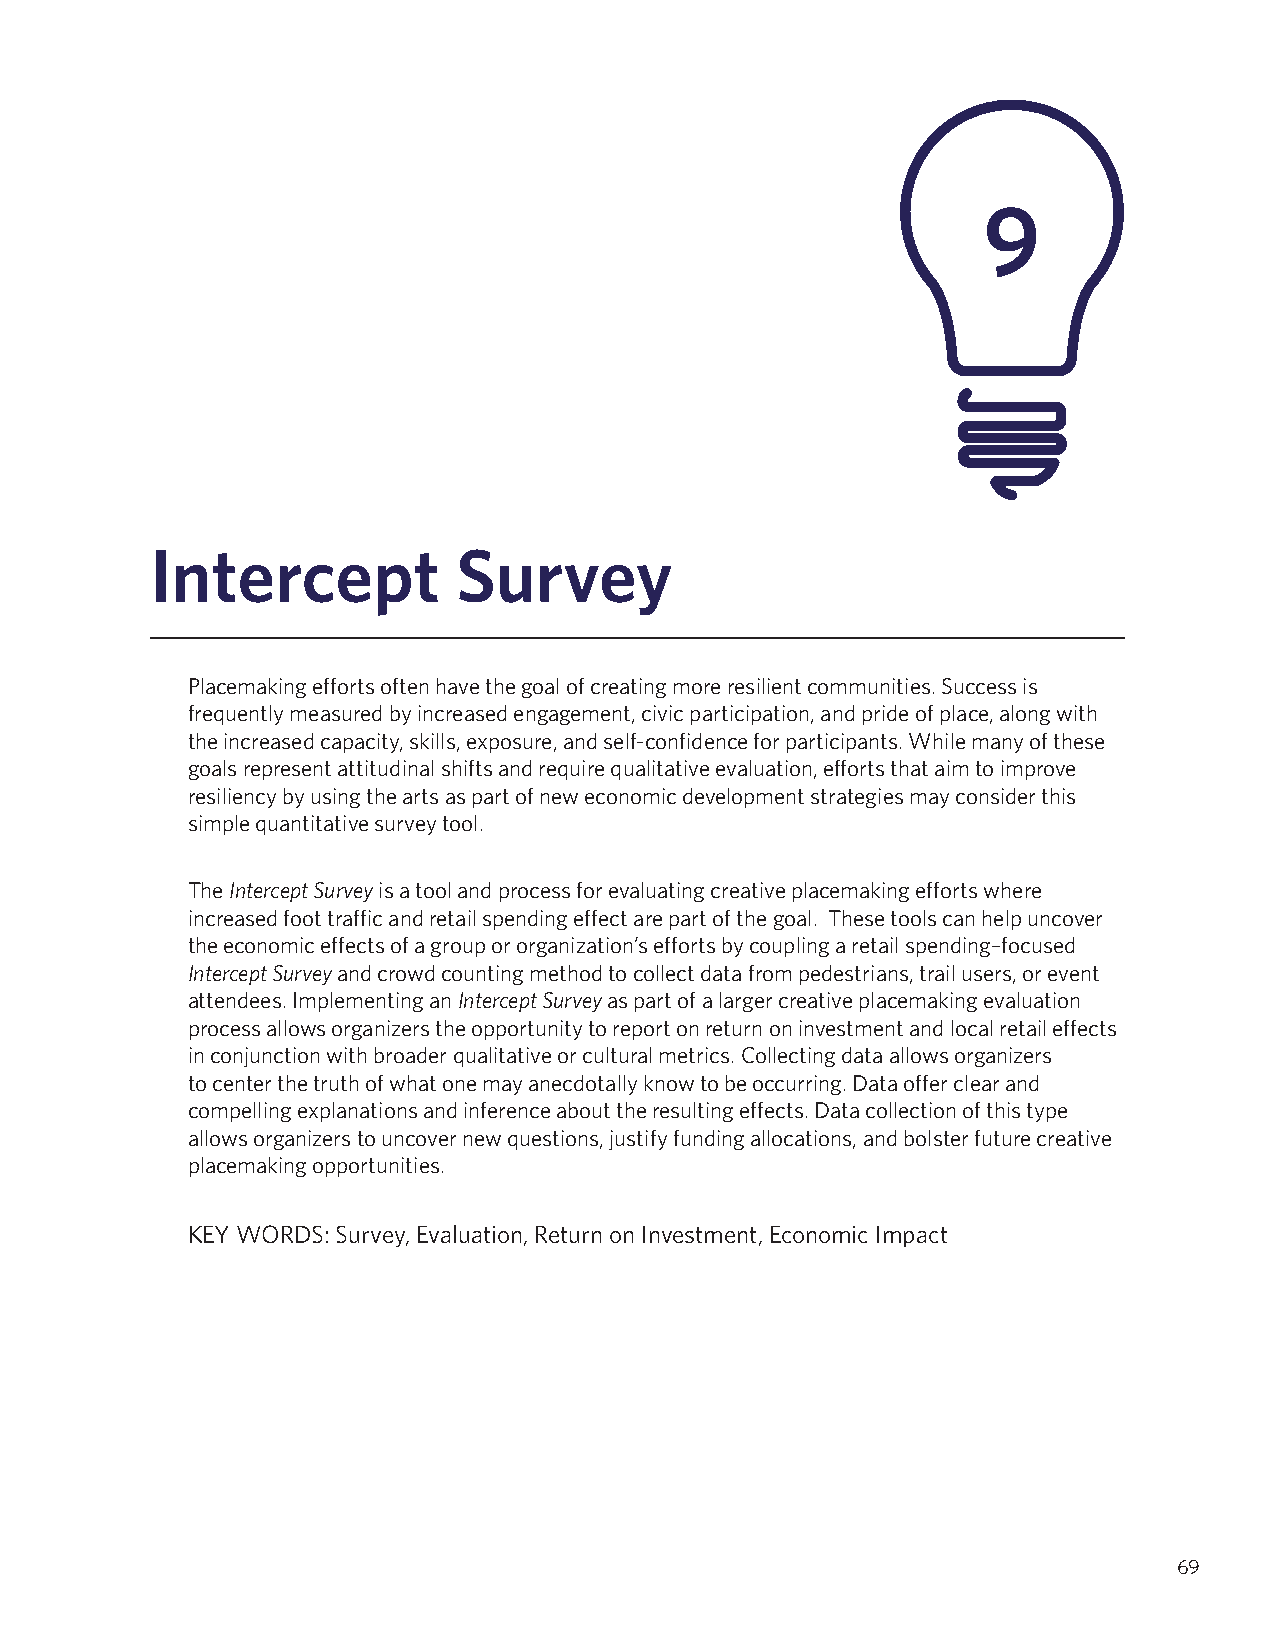
9
 Intercept           Survey
 Placemaking efforts often have the goal of creating more resilient communities. Success is
 frequently measured by increased engagement, civic participation, and pride of place, along with
 the increased capacity, skills, exposure, and self-confidence for participants. While many of these
 goals represent attitudinal shifts and require qualitative evaluation, efforts that aim to improve
 resiliency by using the arts as part of new economic development strategies may consider this
 simple quantitative survey tool.
 The Intercept Survey is a tool and process for evaluating creative placemaking efforts where
 increased foot traffic and retail spending effect are part of the goal. These tools can help uncover
 the economic effects of a group or organization’s efforts by coupling a retail spending–focused
 Intercept Survey and crowd counting method to collect data from pedestrians, trail users, or event
 attendees. Implementing an Intercept Survey as part of a larger creative placemaking evaluation
 process allows organizers the opportunity to report on return on investment and local retail effects
 in conjunction with broader qualitative or cultural metrics. Collecting data allows organizers
 to center the truth of what one may anecdotally know to be occurring. Data offer clear and
 compelling explanations and inference about the resulting effects. Data collection of this type
 allows organizers to uncover new questions, justify funding allocations, and bolster future creative
 placemaking opportunities.
 KEY WORDS: Survey, Evaluation, Return on Investment, Economic Impact
 69